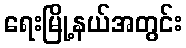
ရေးမြို့နယ်အတွင်း